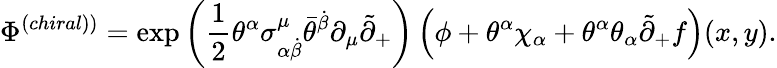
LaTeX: \Phi^{\left(chiral)\right)}=\exp\left(\frac 12\theta^{\alpha}\sigma_{\alpha\dot{\beta}}^{\mu}\bar{\theta}^{\dot{\beta}}\partial_{\mu}\tilde{\partial}_{+}\right)\left(\phi+\theta^{\alpha}\chi_{\alpha}+\theta^{\alpha}\theta_{\alpha}\tilde{\partial}_{+}f\right)(x,y).